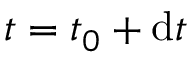
t = t _ { 0 } + \mathrm { d } t